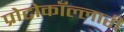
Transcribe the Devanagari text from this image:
प्रोटोकॉल्लारी